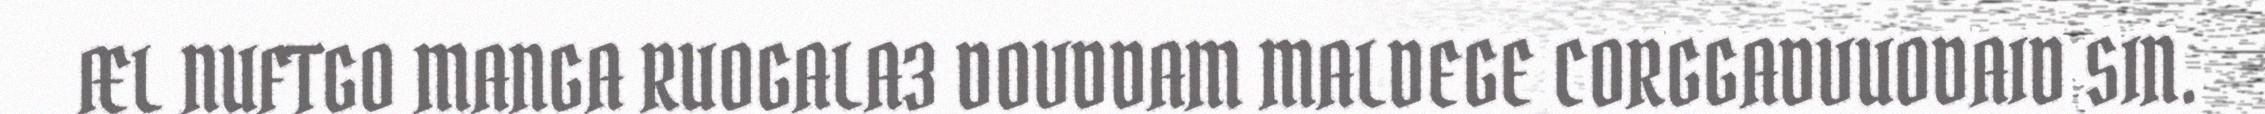
ÆL NUFTGO MANGA RUOGALA3 DOVDDAM MALDEGE CORGGADVUODAID SIN.